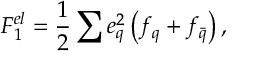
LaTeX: F _ { 1 } ^ { e l } = \frac { 1 } { 2 } \sum { e _ { q } ^ { 2 } } \left( f _ { q } + f _ { \bar { q } } \right) ,